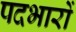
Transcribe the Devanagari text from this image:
पदभारों